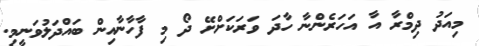
މިއަދު ދިމްރާ އާ އަހަރެންނާ ހާދަ ވަރަކަށްށޭ ދޯ މި ފާހާނާއިން ބައްދަލުވަނީމި.